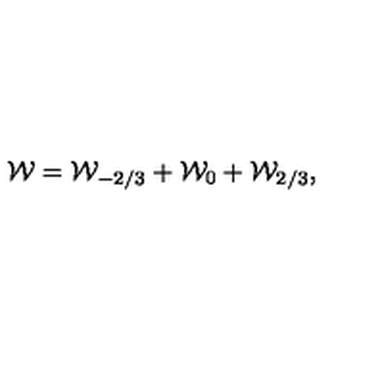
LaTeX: { \cal W } = { \cal W } _ { - { 2 / 3 } } + { \cal W } _ { 0 } + { \cal W } _ { 2 / 3 } ,